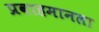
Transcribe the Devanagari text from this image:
प्रवाहमानला